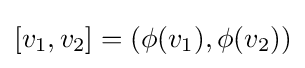
[v_{1},v_{2}]=(\phi (v_{1}),\phi (v_{2}))